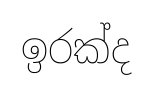
ඉරක්ද